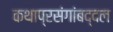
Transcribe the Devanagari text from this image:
कथाप्रसंगांबद्दल